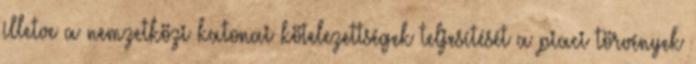
illetve a nemzetközi katonai kötelezettségek teljesítését a piaci törvények